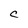
Character: e